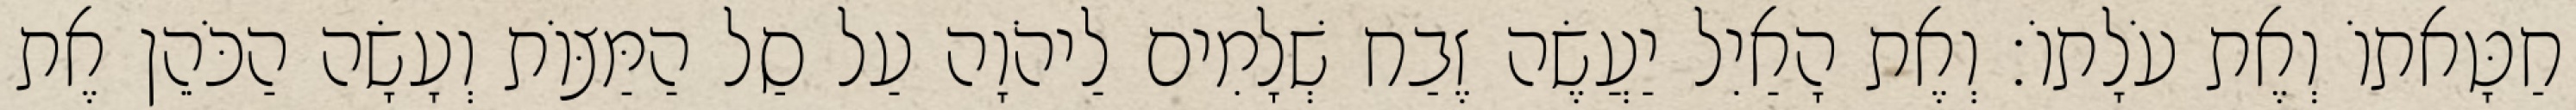
חַטָּאתוֹ וְאֶת עֹלָתוֹ׃ וְאֶת הָאַיִל יַעֲשֶׂה זֶבַח שְׁלָמִים לַיהֹוָה עַל סַל הַמַּצּוֹת וְעָשָׂה הַכֹּהֵן אֶת